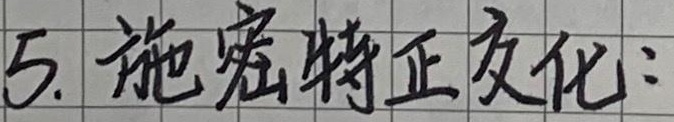
5. 施密特正交化：